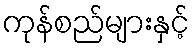
ကုန်စည်များနှင့်